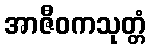
အာဇီဝကသုတ္တံ